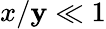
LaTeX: x/\mathbf{y}\ll1